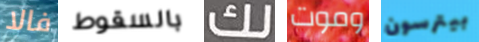
فالا بالسقوط لك وموت بيترسون